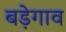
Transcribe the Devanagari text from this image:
बड़ेगाव